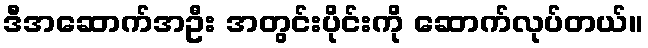
ဒီအဆောက်အဦး အတွင်းပိုင်းကို ဆောက်လုပ်တယ်။